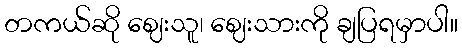
တကယ်ဆို ဈေးသူ၊ ဈေးသားကို ချပြရမှာပါ။